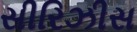
સીરિઝીસ